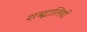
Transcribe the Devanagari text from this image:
शब्द्वालियों